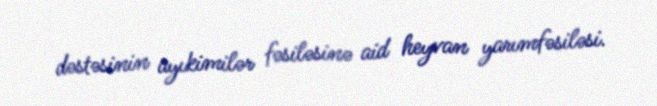
dəstəsinin ayıkimilər fəsiləsinə aid heyvan yarımfəsiləsi.